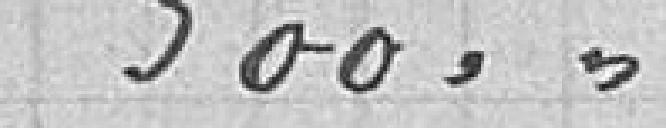
900